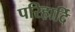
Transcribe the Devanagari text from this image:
परिहार्दि